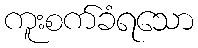
ကူးစက်ခံရသော